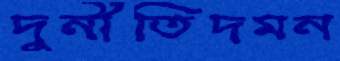
দুর্নীতিদমন